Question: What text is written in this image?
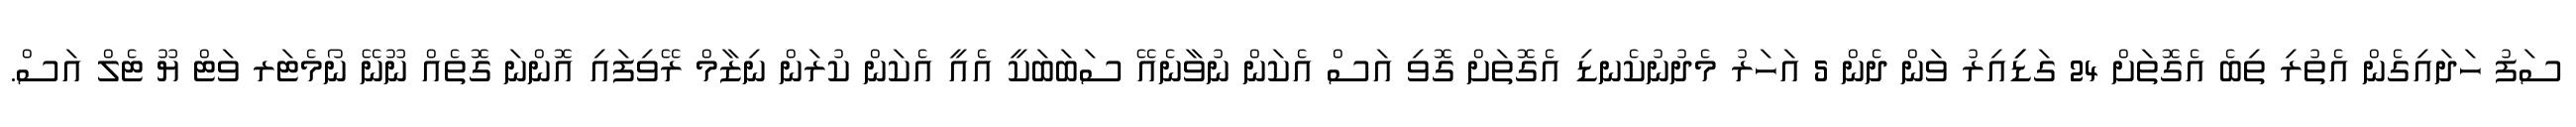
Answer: ސަފު ހަދައިގެން އެތުރި ތިބެ އެގޮތަށް 24 ގަޑިިއިރު ވަން ދެން 5 އަހަރު މެދުނުކެނޑި އެގޮތަށް ގޮވި އަސް އެކަން ނުވާނެއޭ ސަބަބަކީ އެއީ އެކަން ކުރަން ނިޒާމް ރޭވިފައި އޮންނަ ގޮތެއް ނޫނޭ ނޯމެޓަރ ވަޓް ޔޫ ޓެލް އަސް.